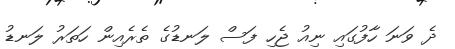
ދެ ވަނަ ހާފުގައި ނިއު ޖެހި ފަސް ލަނޑުގެ ތެރެއިން ހަތަރު ލަނޑު